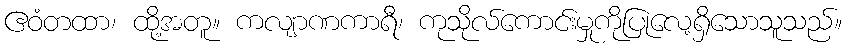
ဧဝံတထာ၊ ထို့အတူ။ ကလျာဏကာရီ၊ ကုသိုလ်ကောင်းမှုကိုပြုလေ့ရှိသောသူသည်။